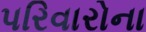
પરિવારોના